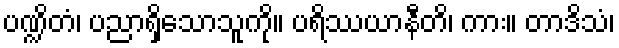
ပဏ္ဍိတံ၊ ပညာရှိသောသူကို။ ပရိဿယာနီတိ၊ ကား။ တာဒိသံ၊